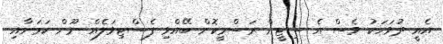
އެއީ ދުވަހަކު ވެސް އެ ސިޓީން ރަސްމީކޮށް ބޭއްވި ފެސްޓިވަލެއް ނޫން ކަމަށާއި